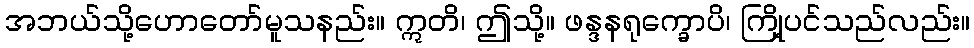
အဘယ်သို့ဟောတော်မူသနည်း။ ဣတိ၊ ဤသို့။ ဖန္ဒနရုက္ခောပိ၊ ကြို့ပင်သည်လည်း။